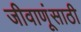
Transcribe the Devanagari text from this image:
जीवाणूंसाठी